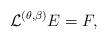
LaTeX: \begin{align*}\mathcal{L} ^{(\theta ,\beta )} E = F,\end{align*}